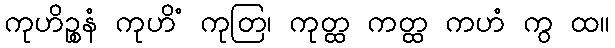
ကုဟိဉ္စနံ ကုဟိံ ကုတြ၊ ကုတ္ထ ကတ္ထ ကဟံ ကွ ထ။